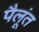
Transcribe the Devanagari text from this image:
पैलूंत